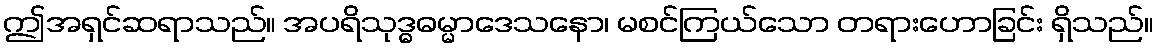
ဤအရှင်ဆရာသည်။ အပရိသုဒ္ဓဓမ္မာဒေသနော၊ မစင်ကြယ်သော တရားဟောခြင်း ရှိသည်။